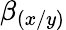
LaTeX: \beta_{(x/y)}